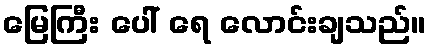
မြေကြီး ပေါ် ရေ လောင်းချသည်။